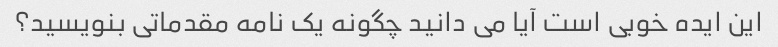
این ایده خوبی است آیا می دانید چگونه یک نامه مقدماتی بنویسید؟